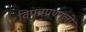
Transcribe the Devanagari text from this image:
विपत्रप्रणाली